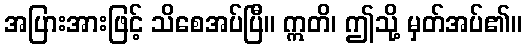
အပြားအားဖြင့် သိစေအပ်ပြီ။ ဣတိ၊ ဤသို့ မှတ်အပ်၏။